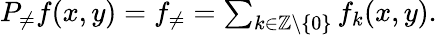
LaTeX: \begin{array}{r}{P_{\neq}f(x,y)=f_{\neq}=\sum_{k\in\mathbb Z\setminus\{ 0\} }f_{k}(x,y).}\end{array}